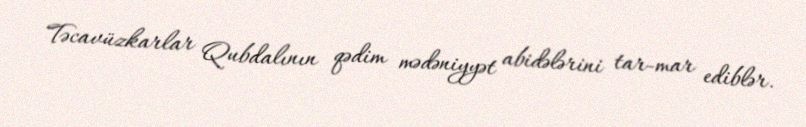
Təcavüzkarlar Qubdalının qədim mədəniyyət abidələrini tar-mar ediblər.